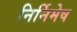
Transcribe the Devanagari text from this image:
निर्निमेष